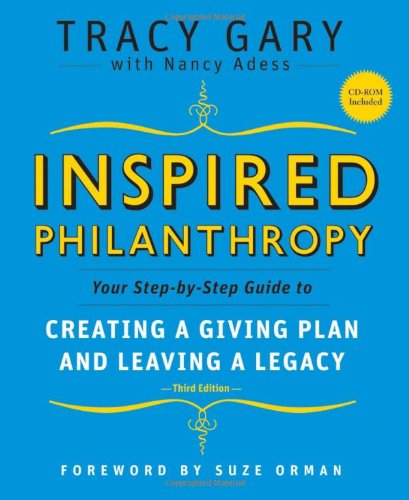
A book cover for Inspired Philanthropy: Your Step-by-Step Guide to Creating a Giving Plan and Leaving a Legacy; Tracy Gary; Politics & Social Sciences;